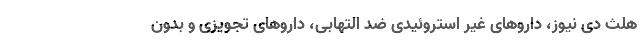
هلث دی نیوز، داروهای غیر استروئیدی ضد التهابی، داروهای تجویزی و بدون